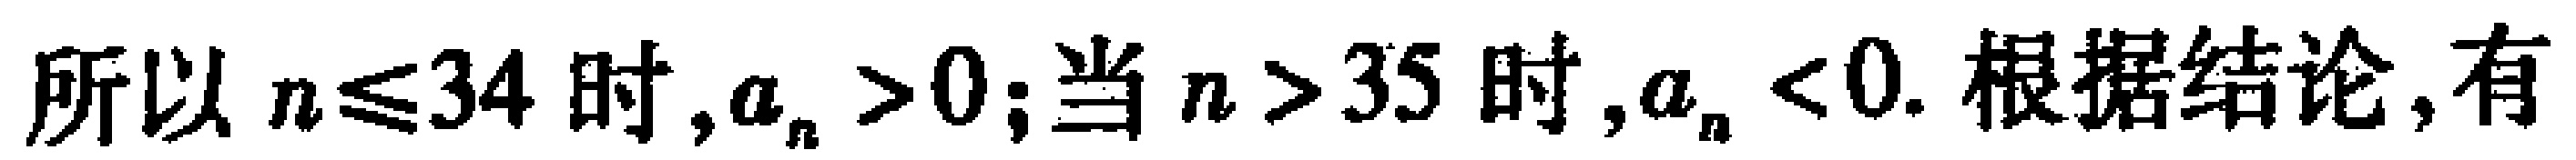
所以 \(n\leqslant34\) 时, \(a_{n}>0\); 当 \(n > 35\) 时, \(a_{n}<0\). 根据结论, 有